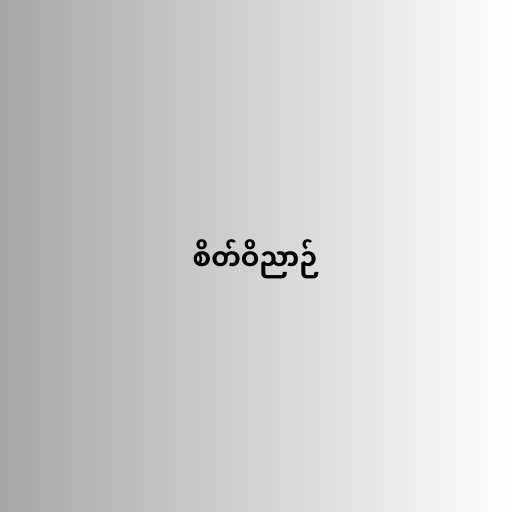
စိတ်ဝိညာဉ်